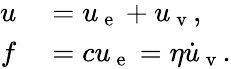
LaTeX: \begin{array}{rl}{u}&{{}=u_{\mathrm{~e~}}+u_{\mathrm{~v~}},}\\ {f}&{{}=cu_{\mathrm{~e~}}=\eta\dot{u}_{\mathrm{~v~}}.}\end{array}